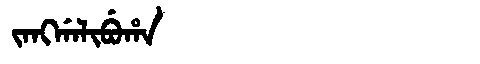
Manchu: ᠵᠠᠩᡤᠠᠯᡳᠪᡠᡥᠠ
Romanization: JANGGALIBUHA